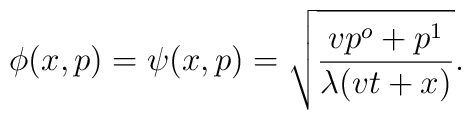
\phi (x,p)=\psi (x,p)=\sqrt{\frac{vp^{o}+p^{1}}{\lambda (vt+x)}}.